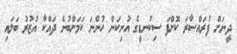
ދީނަށް ފުރައްސާރަ ކޮށްފަ ސިކުނޑީގެ އުނިކަން ހުންނަ ކަމަށްބުނެ ދައްކާ އުޒުރު ބަލައި